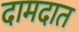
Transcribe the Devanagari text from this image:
दामदात